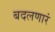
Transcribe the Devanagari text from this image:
बदलणारं